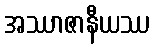
အဿာဇာနီယဿ